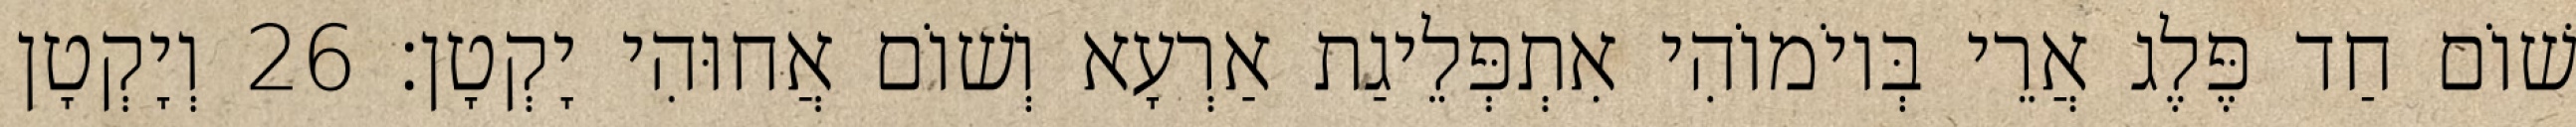
שׁוֹם חַד פֶּלֶג אֲרֵי בְּיוֹמוֹהִי אִתְפְּלֵיגַת אַרְעָא וְשׁוֹם אֲחוּהִי יָקְטָן׃ 26 וְיָקְטָן